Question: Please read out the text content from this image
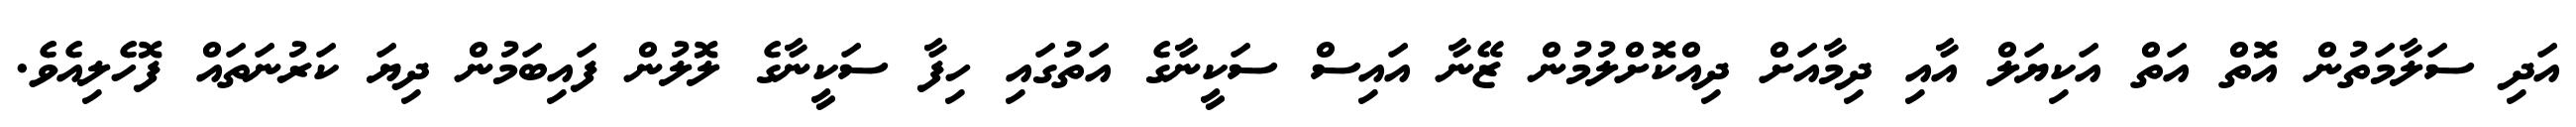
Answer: އަދި ސަލާމަތުން އޮތް އަތް އަކިޔަލް އާއި ދިމާއަށް ދިއްކޮށްލުމުން ޒޭނާ އައިސް ސަކީނާގެ އަތުގައި ހިފާ ސަކީނާގެ ލޮލުން ފައިބަމުން ދިޔަ ކަރުނަތައް ފޮހެލިއެވެ.